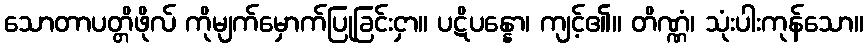
သောတာပတ္တိဖိုလ် ကိုမျက်မှောက်ပြုခြင်းငှာ။ ပဋိပန္နော၊ ကျင့်၏။ တိဏ္ဏံ၊ သုံးပါးကုန်သော။